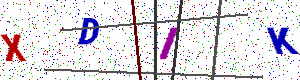
Text: XDIK